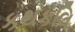
કથકલિ